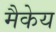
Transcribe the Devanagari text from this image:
मैकेय